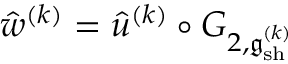
\hat { w } ^ { ( k ) } = \hat { u } ^ { ( k ) } \circ G _ { 2 , \mathfrak { g } _ { \mathrm { s h } } ^ { ( k ) } }